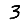
Digit: 3